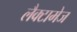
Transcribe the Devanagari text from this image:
लैक्टामेज